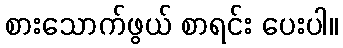
စားသောက်ဖွယ် စာရင်း ပေးပါ။